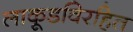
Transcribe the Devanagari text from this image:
लाकूडविरहित